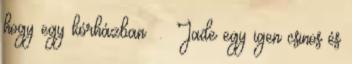
hogy egy kórházban . Jade egy igen csinos és